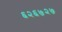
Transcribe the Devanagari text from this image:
६२६७२७